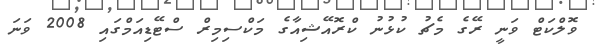
ވޮލްކަޓް ވަނީ ރޭގެ މެޗު ކުޅުނު ކްރޮއޭޝިއާގެ މަކްސިމިރް ސްޓޭޑިއަމްގައި 2008 ވަނަ